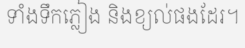
ទាំងទឹកភ្លៀង និងខ្យល់ផងដែរ។